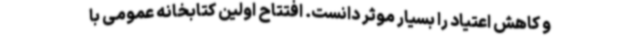
و کاهش اعتیاد را بسیار موثر دانست. افتتاح اولین کتابخانه عمومی با